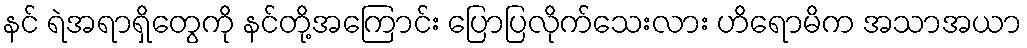
နင် ရဲအရာရှိတွေကို နင်တို့အကြောင်း ပြောပြလိုက်သေးလား ဟိရောမိက အသာအယာ